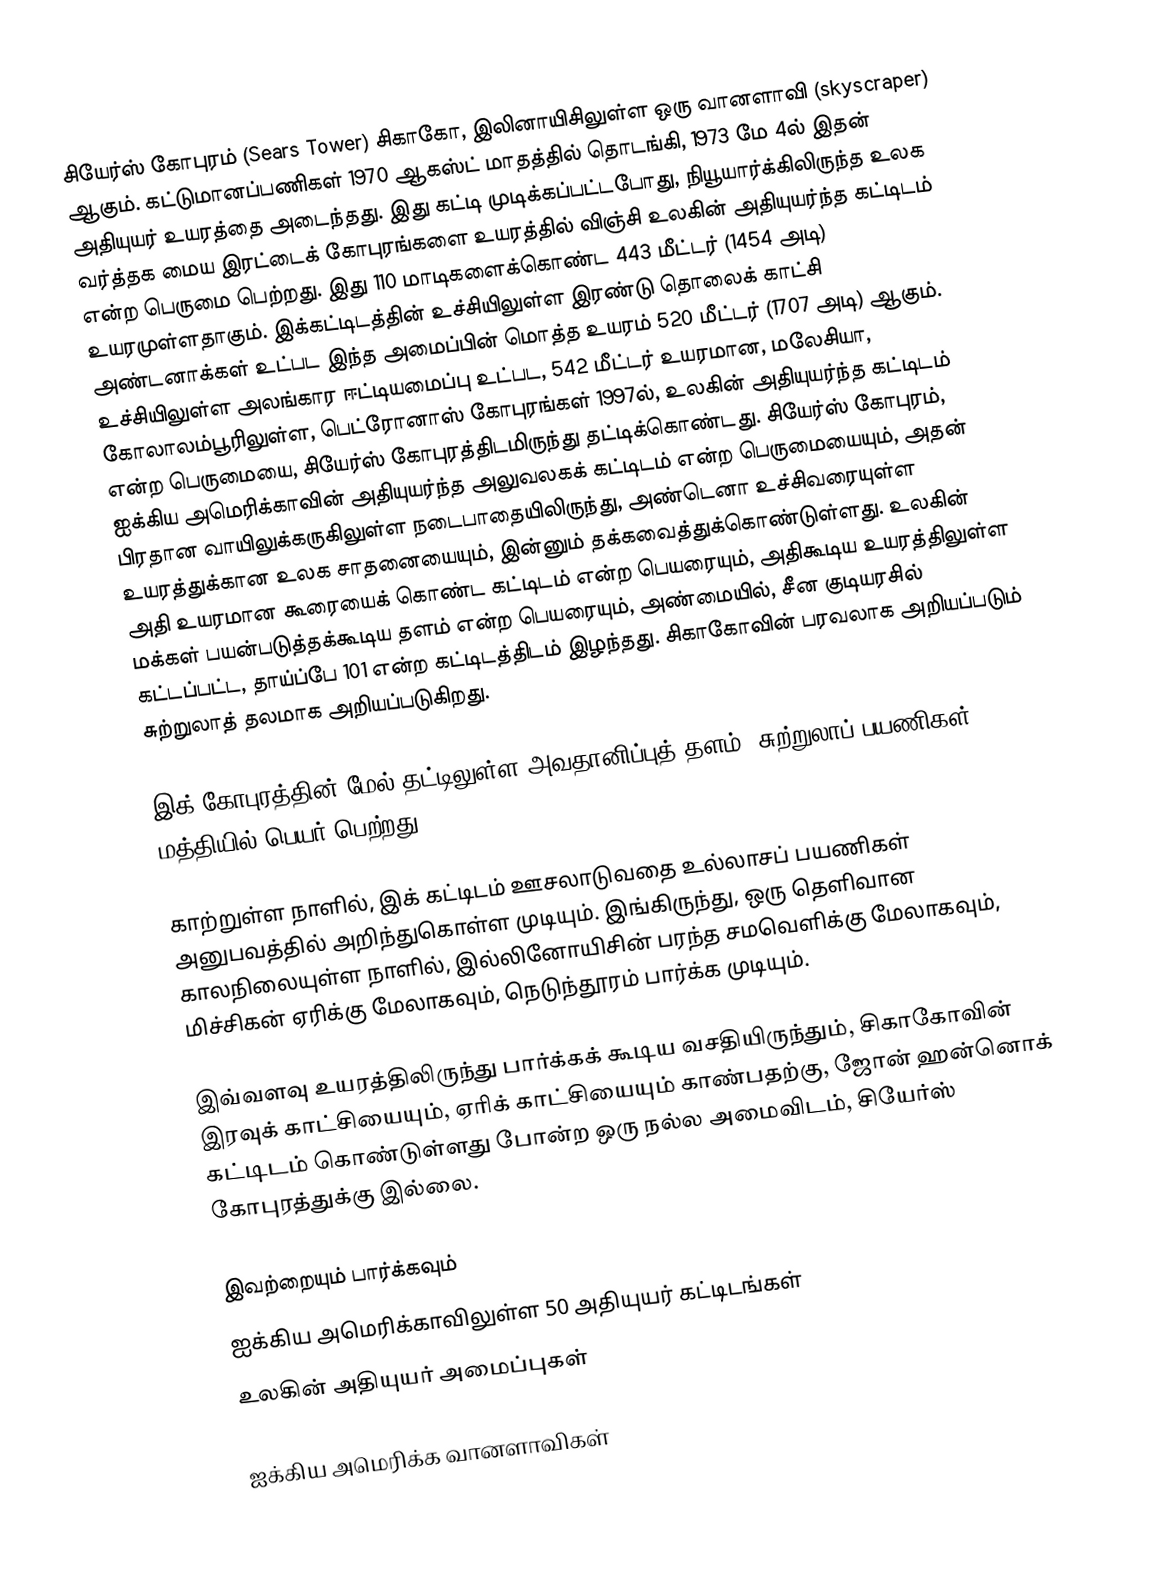
சியேர்ஸ் கோபுரம் (Sears Tower) சிகாகோ, இலினாயிசிலுள்ள ஒரு வானளாவி (skyscraper) ஆகும். கட்டுமானப்பணிகள் 1970 ஆகஸ்ட் மாதத்தில் தொடங்கி, 1973 மே 4ல் இதன் அதியுயர் உயரத்தை அடைந்தது. இது கட்டி முடிக்கப்பட்டபோது, நியூயார்க்கிலிருந்த உலக வர்த்தக மைய இரட்டைக் கோபுரங்களை உயரத்தில் விஞ்சி உலகின் அதியுயர்ந்த கட்டிடம் என்ற பெருமை பெற்றது. இது 110 மாடிகளைக்கொண்ட 443 மீட்டர் (1454 அடி) உயரமுள்ளதாகும். இக்கட்டிடத்தின் உச்சியிலுள்ள இரண்டு தொலைக் காட்சி அண்டனாக்கள் உட்பட இந்த அமைப்பின் மொத்த உயரம் 520 மீட்டர் (1707 அடி) ஆகும். உச்சியிலுள்ள அலங்கார ஈட்டியமைப்பு உட்பட, 542 மீட்டர் உயரமான, மலேசியா, கோலாலம்பூரிலுள்ள, பெட்ரோனாஸ் கோபுரங்கள் 1997ல், உலகின் அதியுயர்ந்த கட்டிடம் என்ற பெருமையை, சியேர்ஸ் கோபுரத்திடமிருந்து தட்டிக்கொண்டது. சியேர்ஸ் கோபுரம், ஐக்கிய அமெரிக்காவின் அதியுயர்ந்த அலுவலகக் கட்டிடம் என்ற பெருமையையும், அதன் பிரதான வாயிலுக்கருகிலுள்ள நடைபாதையிலிருந்து, அண்டெனா உச்சிவரையுள்ள உயரத்துக்கான உலக சாதனையையும், இன்னும் தக்கவைத்துக்கொண்டுள்ளது. உலகின் அதி உயரமான கூரையைக் கொண்ட கட்டிடம் என்ற பெயரையும், அதிகூடிய உயரத்திலுள்ள மக்கள் பயன்படுத்தக்கூடிய தளம் என்ற பெயரையும், அண்மையில், சீன குடியரசில் கட்டப்பட்ட, தாய்ப்பே 101 என்ற கட்டிடத்திடம் இழந்தது. சிகாகோவின் பரவலாக அறியப்படும் சுற்றுலாத் தலமாக அறியப்படுகிறது.

இக் கோபுரத்தின் மேல் தட்டிலுள்ள அவதானிப்புத் தளம், சுற்றுலாப் பயணிகள் மத்தியில் பெயர் பெற்றது.

காற்றுள்ள நாளில், இக் கட்டிடம் ஊசலாடுவதை உல்லாசப் பயணிகள் அனுபவத்தில் அறிந்துகொள்ள முடியும். இங்கிருந்து, ஒரு தெளிவான காலநிலையுள்ள நாளில், இல்லினோயிசின் பரந்த சமவெளிக்கு மேலாகவும், மிச்சிகன் ஏரிக்கு மேலாகவும், நெடுந்தூரம் பார்க்க முடியும்.

இவ்வளவு உயரத்திலிருந்து பார்க்கக் கூடிய வசதியிருந்தும், சிகாகோவின் இரவுக் காட்சியையும், ஏரிக் காட்சியையும் காண்பதற்கு, ஜோன் ஹன்னொக் கட்டிடம் கொண்டுள்ளது போன்ற ஒரு நல்ல அமைவிடம், சியேர்ஸ் கோபுரத்துக்கு இல்லை.

இவற்றையும் பார்க்கவும்
 ஐக்கிய அமெரிக்காவிலுள்ள 50 அதியுயர் கட்டிடங்கள்
 உலகின் அதியுயர் அமைப்புகள்

ஐக்கிய அமெரிக்க வானளாவிகள்